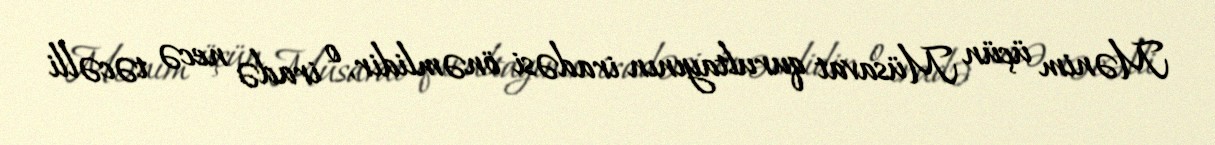
Mənim üçün Müsavat qurultayının iradəsi önəmlidir, o iradə necə təcəlli